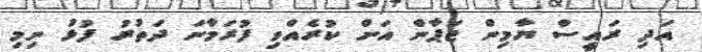
އަދި ރައީސް ޔާމިން ޖަޕާން އަށް ކުރެއްވި ފުރަމާނަ ދަތުރު ފުޅު ނިމި